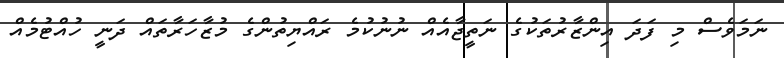
ނަމަވެސް މި ފަދަ އިންޒާރުތަކުގެ ނަތީޖާއެއް ނުނުކުމެ ރައްޔިތުންގެ މުޒާހަރާތައް ދަނީ ހުއްޓުމެއް